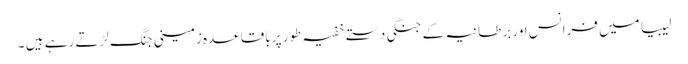
لیبیا میں فرانس اور برطانیہ کے جنگی دستے خفیہ طور پر باقاعدہ زمینی جنگ لڑتے رہے ہیں ۔